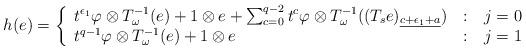
LaTeX: \begin{align*}h(e)=\left\{\begin{array}{l@{\quad:\quad}l}t^{\epsilon_1}\varphi\otimes T^{-1}_{{\omega}}(e)+1\otimes e +\sum_{c=0}^{q-2}t^{c}\varphi\otimes T^{-1}_{{\omega}}((T_se)_{\underline{c+\epsilon_1+a}}) & j=0 \\t^{q-1}\varphi\otimes T^{-1}_{{\omega}}(e)+1\otimes e & j=1\end{array}\right.\end{align*}